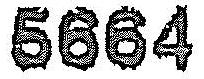
5664